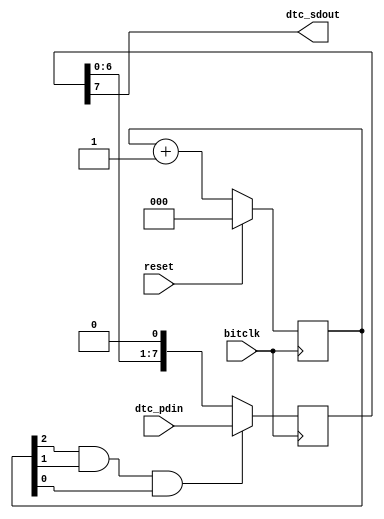
//2
module dtc_dout_ser
 (
  // From the device out to the system
  input  [7:0] dtc_pdin,
  output dtc_sdout,
  input              bitclk,        // Fast clock input from PLL/MMCM
  input              reset
  );

reg [2:0] bitcnt = 3'h0;
reg [7:0] pdata_reg = 8'h0;
wire load;

assign load = bitcnt[2]&bitcnt[1]&bitcnt[0];

always @(posedge bitclk)
if(reset)
bitcnt <= 3'd0;
else
bitcnt <= bitcnt + 3'd1;


always @(posedge bitclk)
if(load)
pdata_reg <= dtc_pdin;
else
pdata_reg <= {pdata_reg[6:0],1'b0};

assign dtc_sdout = pdata_reg[7];
endmodule